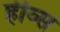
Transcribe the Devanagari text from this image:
हीव्स